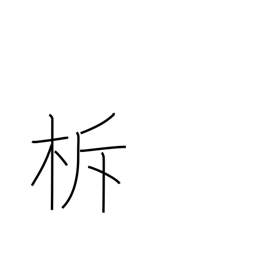
Meaning: sounding sticks